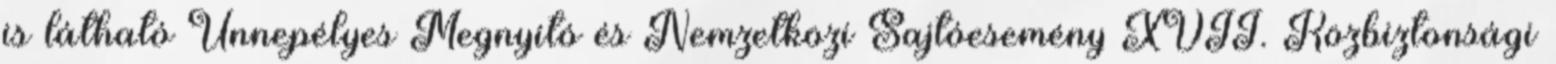
is látható Ünnepélyes Megnyitó és Nemzetközi Sajtóesemény XVII. Közbiztonsági